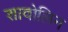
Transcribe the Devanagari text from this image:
शावोलिन